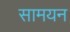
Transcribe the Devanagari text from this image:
सामयन